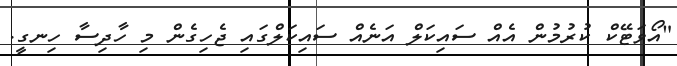
"އޯވަޓޭކް ކުރުމުން އެއް ސައިކަލް އަނެއް ސައިކަލްގައި ޖެހިގެން މި ހާދިސާ ހިނގީ.